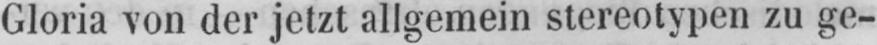
Gloria von der jetzt allgemein stereotypen zu ge-